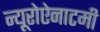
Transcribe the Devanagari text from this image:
न्यूरोऐनाटमी